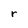
Character: r